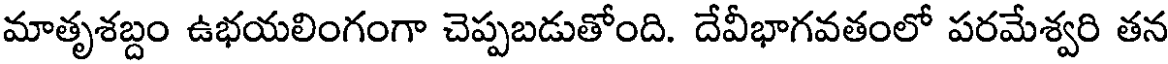
మాతృశబ్దం ఉభయలింగంగా చెప్పబడుతోంది. దేవీభాగవతంలో పరమేశ్వరి తన